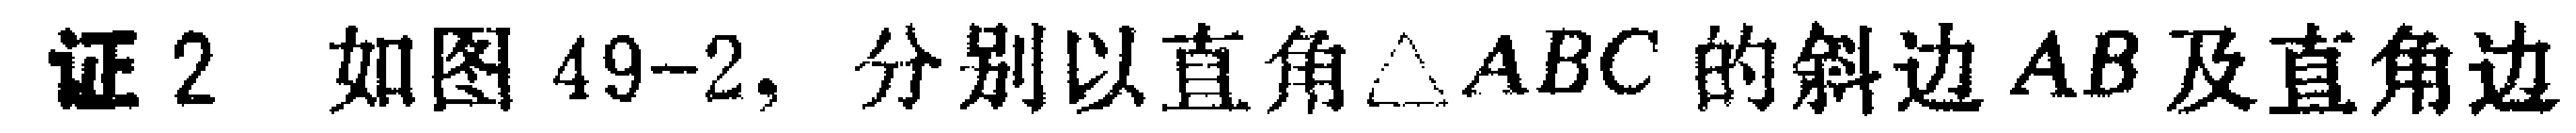
证2 如图49-2, 分别以直角$\triangle ABC$的斜边$AB$及直角边